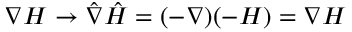
\nabla H \to \hat { \nabla } \hat { H } = ( - \nabla ) ( - H ) = \nabla H